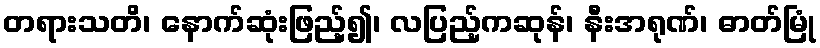
တရားသတိ၊ နောက်ဆုံးဖြည့်၍၊ လပြည့်ကဆုန်၊ နီးအရုဏ်၊ ဓာတ်မြုံ